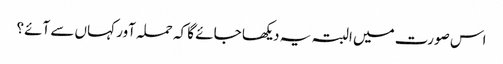
اس صورت میں البتہ یہ دیکھا جائے گا کہ حملہ آور کہاں سے آئے؟